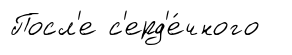
Посл'е с'ерд'е́чного